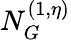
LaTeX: N_{G}^{(1,\eta)}